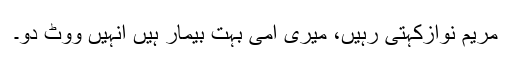
مریم نوازکہتی رہیں، میری امی بہت بیمار ہیں انہیں ووٹ دو۔